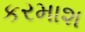
કરમાશ